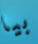
بيا